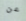
عن